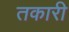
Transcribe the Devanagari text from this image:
तकारी